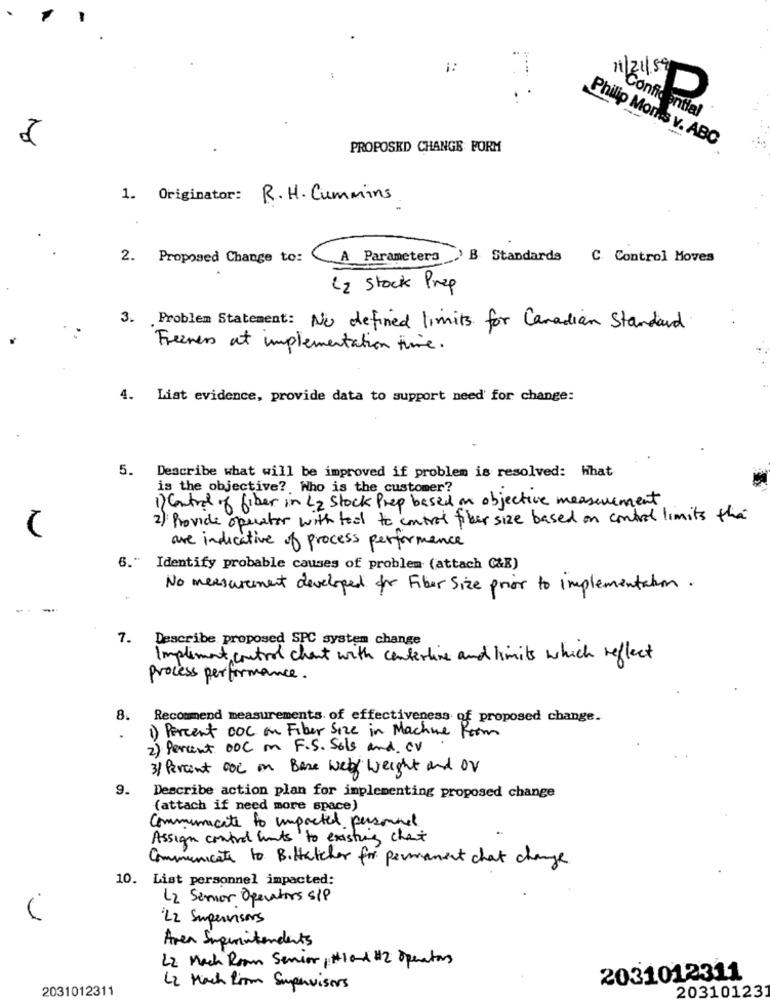
1:
11/21, 5D
Confio antial
Philip Moins v. ABC
PROPOSED CHANGE FORM
1. Originator:
R.H. Cummins
2. Proposed Change to:
A Parameters B Standards C. Control Moves
L2 Stock Prep
3. Problem Statement: No defined limits for Canadian Standard
Freemer at implementation time.
4. Liat evidence, provide data to support need for change:
5. Describe what will be improved if problem is resolved: What
is the objective? Who is the customer?
1) Control of fiber in L2 Stock Prep based on objective measurement
2) Provide operator with tool to control fiber size based on control limits the
are indicative of process performance
6." Identify probable causes of problem (attach C&E)
No measurement developed for Fiber Size prior to implementation.
-.
Describe proposed SPC system change
Implement control chant with centerline and limits which reflect
process performance.
8.
Recommend measurements of effectiveness of proposed change.
1) Percent DOC on Fiber Size in Machine Room
2) Percent DOC m F.S. Sols and CV
31 Percent OOL in Base web weight and OV
9.
Describe action plan for implementing proposed change
(attach if need more space)
Communicate to impacted personnel
Assign control wants to existing chat
Communicate to Bittatcher for permanent chat change
10. List personnel impacted:
L2 Samor Operators s/P
L2 Superensors
Area Superintendents
L2 Mach Room Senior, #10-& #2 Operators
2031012311
2031012311
L2 Mach from Supervisors
203101231